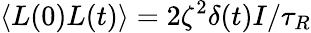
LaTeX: \langle L(0)L(t)\rangle={2}\zeta^{2}\delta(t)I/\tau_{R}